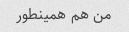
من هم همینطور